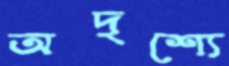
অদৃশ্যে